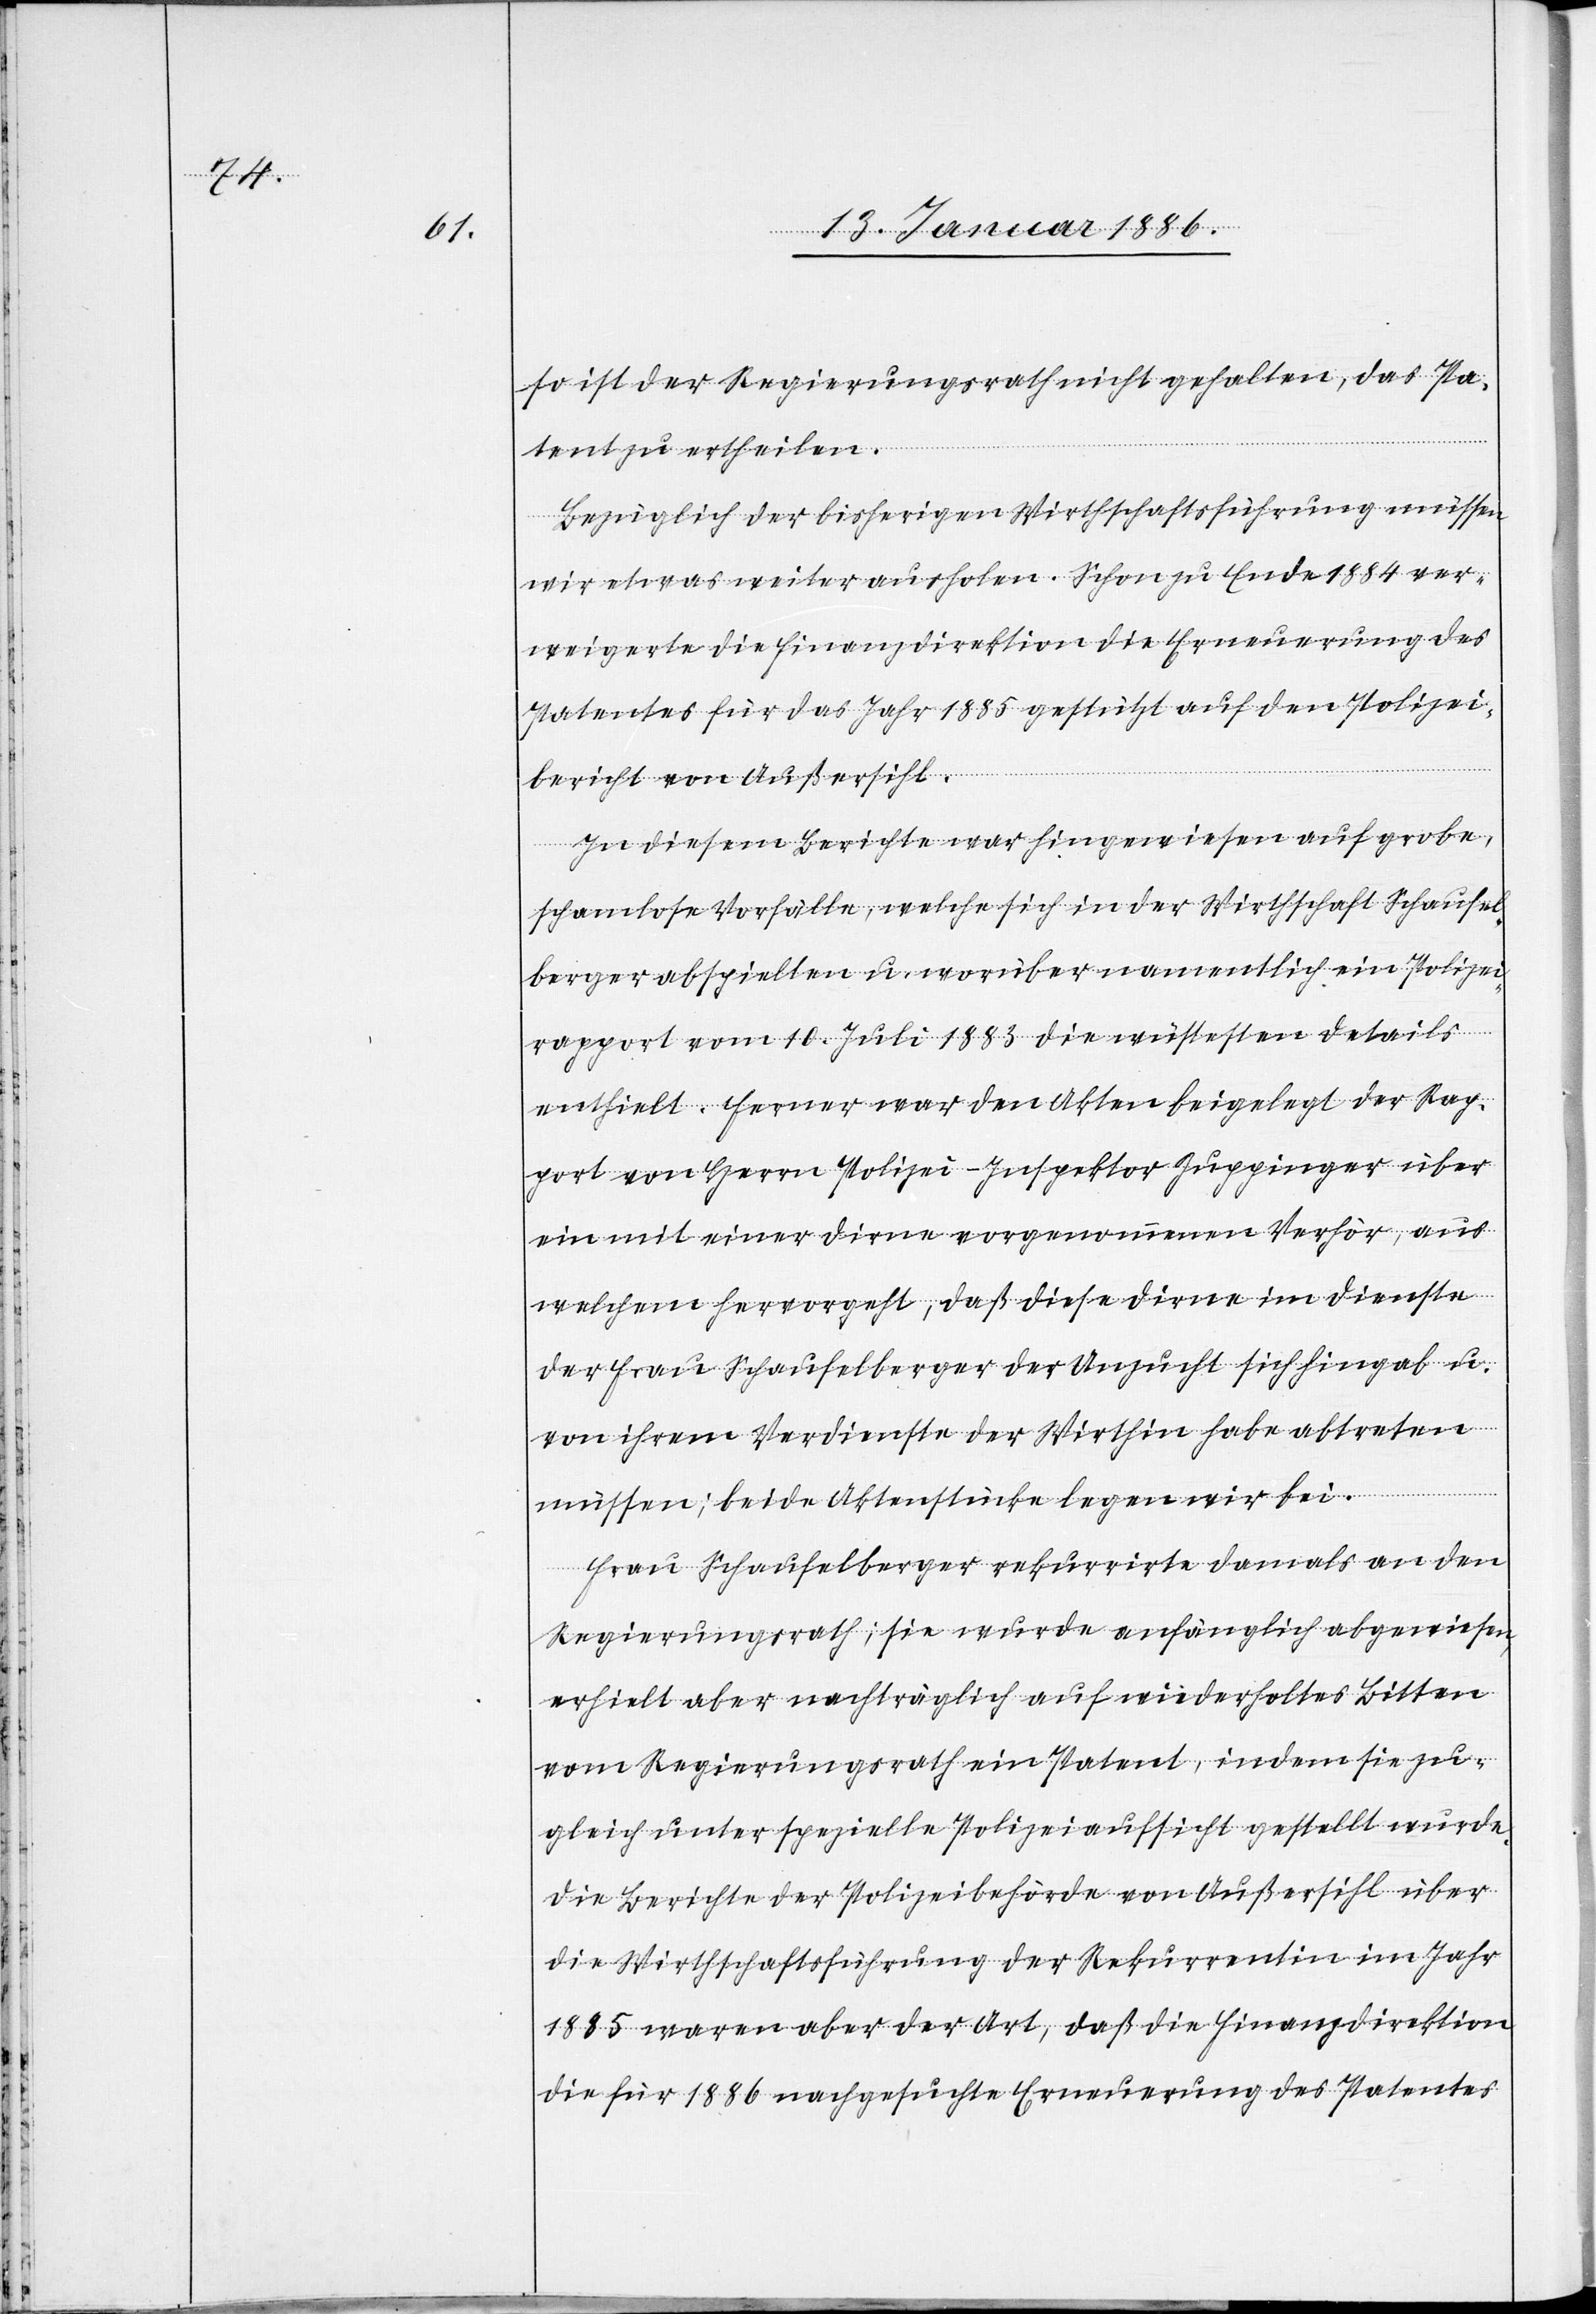
so ist der Regierungsrath nicht gehalten, das Pa¬
tent zu ertheilen.
Bezüglich der bisherigen Wirthschaftsführung müssen
wir etwas weiter ausholen. Schon zu Ende 1884 ver¬
weigerte die Finanzdirektion die Erneuerung des
Patents für das Jahr 1885 gestützt auf den Polizei¬
bericht von Außersihl.
In diesem Berichte war hingewiesen auf grobe,
schamlose Vorfälle, welche sich in der Wirthschaft Schaufel¬
berger abspielten u. worüber namentlich ein Polizei¬
rapport vom 10. Juli 1883 die wüstesten Details
enthielt. Ferner war den Akten beigelegt der Rap¬
port von Herrn Polizei-Inspektor Zuppinger über
ein mit einer Dirne vorgenommenen Verhör, aus
welchem hervorgeht, daß diese Dirne im Dienste
der Frau Schaufelberger der Unzucht sich hingab u.
von ihrem Verdienste der Wirthin habe abtreten
müssen; beide Aktenstücke legen wir bei.
Frau Schaufelberger rekurrirte damals an den
Regierungsrath; sie wurde anfänglich abgewiesen,
erhielt aber nachträglich auf wiederholtes Bitten
vom Regierungsrath ein Patent, indem sie zu¬
gleich unter spezielle Polizeiaufsicht gestellt wurde.
Die Berichte der Polizeibehörde von Außersihl über
die Wirthschaftsführung der Rekurrentin im Jahr
1885 waren aber der Art, daß die Finanzdirektion
die für 1886 nachgesuchte Erneuerung des Patentes